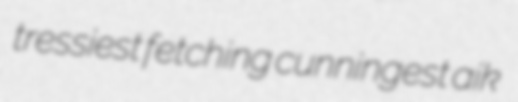
tressiest fetching cunningest aik